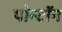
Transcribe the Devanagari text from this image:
पोन्टॉन